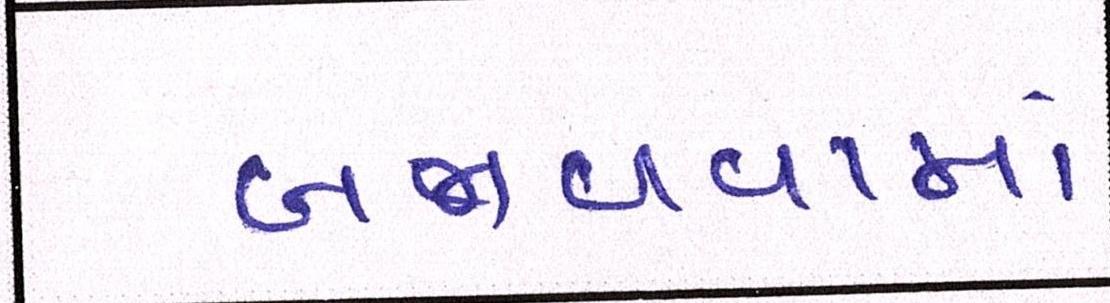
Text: બજાવવામાં